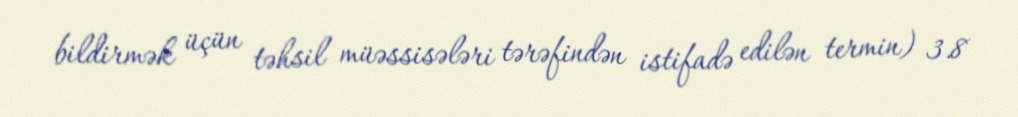
bildirmək üçün təhsil müəssisələri tərəfindən istifadə edilən termin) 3.8